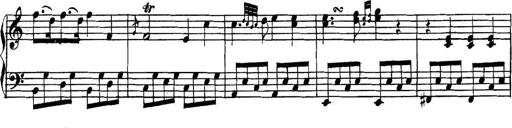
Title: Collected Piano Sonatas
Composer: Muzio Clementi